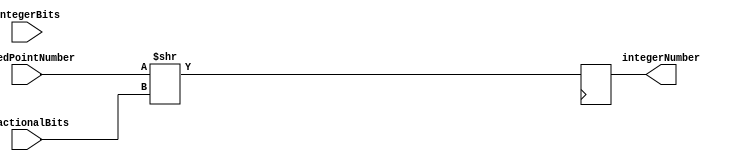
module FixedPointConverter (
    input signed [31:0] fixedPointNumber,
    input integerBits,
    input fractionalBits,
    output reg [31:0] integerNumber
);

reg [31:0] result;

always @ (posedge clk) begin
    result = fixedPointNumber >> fractionalBits;
    integerNumber = result;
end

endmodule